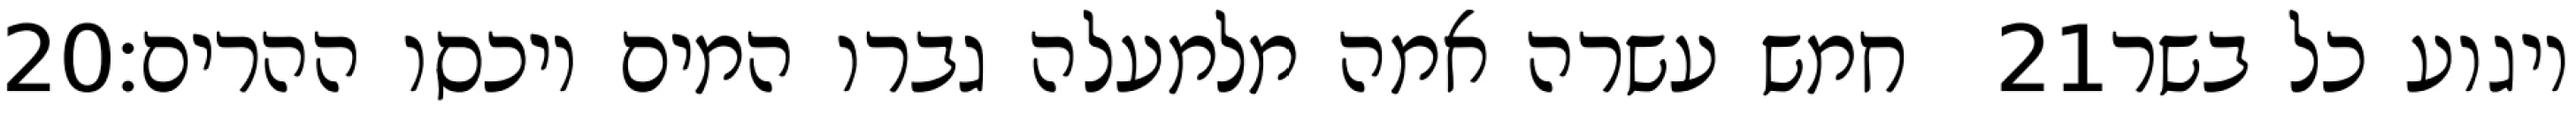
‎20‏ חמש עשרה אמה מלמעלה גברו המים ויכסו ההרים׃ ‎21‏ ויגוע כל בשר